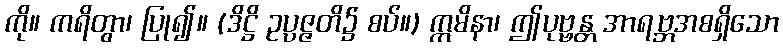
ကို။ ကရိတွာ၊ ပြု၍။ (ဒိဋ္ဌိ ဥပ္ပဇ္ဇတိ၌ စပ်။) ဣမိနာ၊ ဤပုဗ္ဗန္တ အာရဗ္ဘအစရှိသော